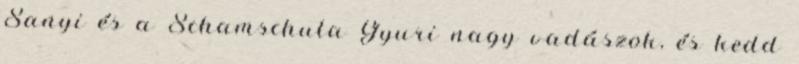
Sanyi és a Scham­schula Gyuri nagy vadászok, és kedd